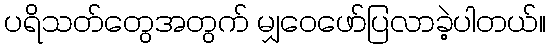
ပရိသတ်တွေအတွက် မျှဝေဖော်ပြလာခဲ့ပါတယ်။